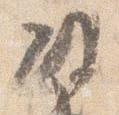
政